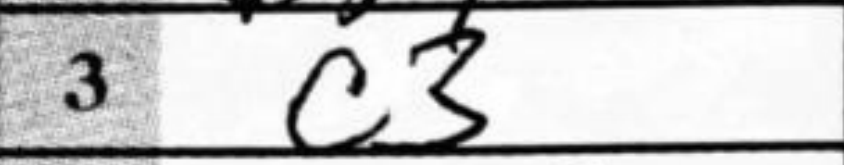
Transcription: c3